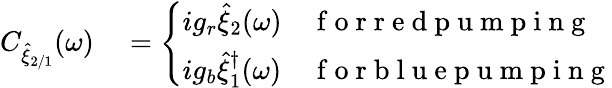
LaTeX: \begin{array}{rl}{C_{\hat{\xi}_{2/1}}(\omega)}&{{}=\left\{ \begin{array}{ll}{ig_{r}\hat{\xi}_{2}(\omega)}&{\mathrm{~f~o~r~r~e~d~p~u~m~p~i~n~g~}}\\ {ig_{b}\hat{\xi}_{1}^{\dagger}(\omega)}&{\mathrm{~f~o~r~b~l~u~e~p~u~m~p~i~n~g~}}\end{array}\right.}\end{array}